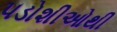
પડોશીઓથી